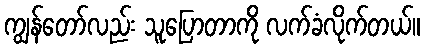
ကျွန်တော်လည်း သူပြောတာကို လက်ခံလိုက်တယ်။